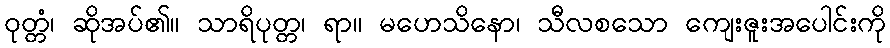
ဝုတ္တံ၊ ဆိုအပ်၏။ သာရိပုတ္တ၊ ရာ။ မဟေသိနော၊ သီလစသော ကျေးဇူးအပေါင်းကို